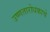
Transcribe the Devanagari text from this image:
उष्णतारोधकाचे